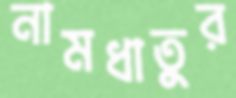
নামধাতুর